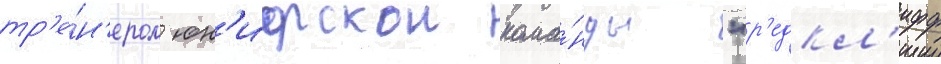
тр'е́н'ером юн'иорскои кома́нды "р'едкл'ифф